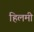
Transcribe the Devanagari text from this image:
हिलमी